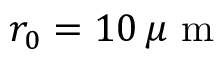
r _ { 0 } = 1 0 \, \mu \textrm { m }